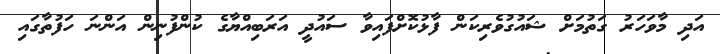
އަދި މާވަހަރު ގަތުމަށް ޝައުގުވެރިކަން ފާޅުކޮށްފައިވާ ސައުދީ އަރަބިއްޔާގެ ކުންފުނިން އަންނަ ހަފުތާގައި